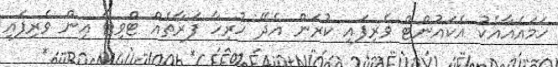
ހަމައެއާއެކު އެކައުންޓް ވެރިފައި ކުރަން އެދޭ ހުރިހާ ފަރާތެއް ޓްވިޓާ އިން ވެރިފައި